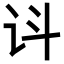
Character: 𬣟